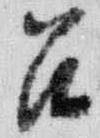
召